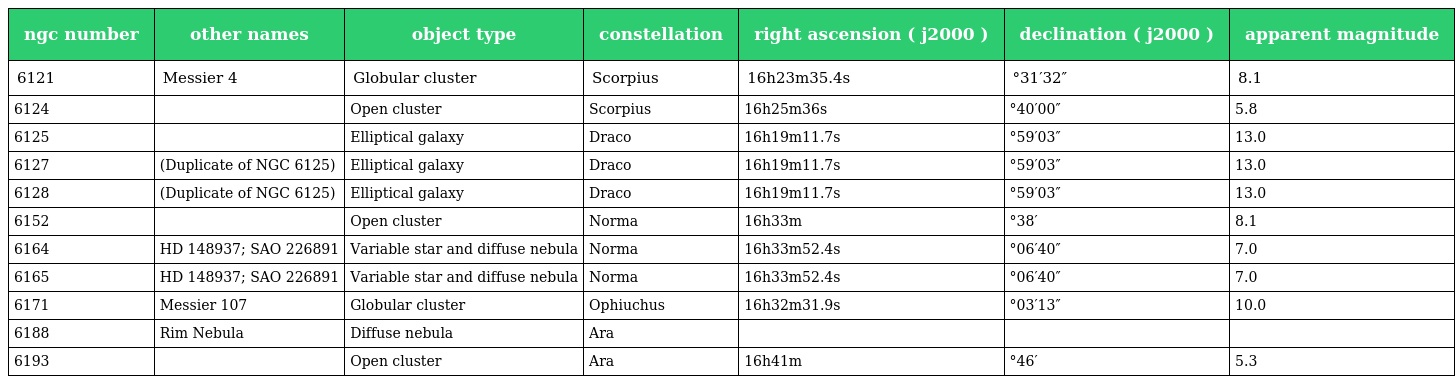
| ngc number | other names | object type | constellation | right ascension ( j2000 ) | declination ( j2000 ) | apparent magnitude |
 | --- | --- | --- | --- | --- | --- | --- |
 | 6121 | Messier 4 | Globular cluster | Scorpius | 16h23m35.4s | °31′32″ | 8.1 |
 | 6124 |  | Open cluster | Scorpius | 16h25m36s | °40′00″ | 5.8 |
 | 6125 |  | Elliptical galaxy | Draco | 16h19m11.7s | °59′03″ | 13.0 |
 | 6127 | (Duplicate of NGC 6125) | Elliptical galaxy | Draco | 16h19m11.7s | °59′03″ | 13.0 |
 | 6128 | (Duplicate of NGC 6125) | Elliptical galaxy | Draco | 16h19m11.7s | °59′03″ | 13.0 |
 | 6152 |  | Open cluster | Norma | 16h33m | °38′ | 8.1 |
 | 6164 | HD 148937; SAO 226891 | Variable star and diffuse nebula | Norma | 16h33m52.4s | °06′40″ | 7.0 |
 | 6165 | HD 148937; SAO 226891 | Variable star and diffuse nebula | Norma | 16h33m52.4s | °06′40″ | 7.0 |
 | 6171 | Messier 107 | Globular cluster | Ophiuchus | 16h32m31.9s | °03′13″ | 10.0 |
 | 6188 | Rim Nebula | Diffuse nebula | Ara |  |  |  |
 | 6193 |  | Open cluster | Ara | 16h41m | °46′ | 5.3 |